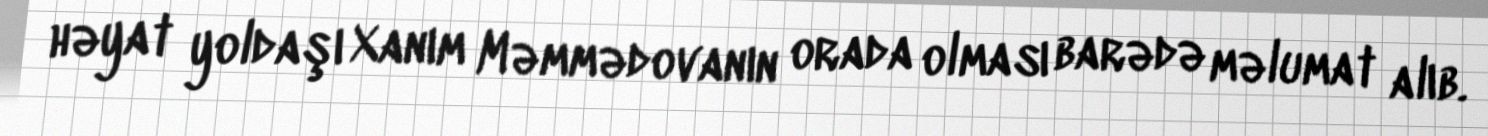
həyat yoldaşı Xanım Məmmədovanın orada olması barədə məlumat alıb.